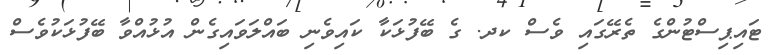
ޓައިޕިސްޓުންގެ ތެރޭގައި ވެސް ކދ. ގެ ބޭފުޅަކާ ކައިވެނި ބައްލަވައިގެން އުޅުއްވާ ބޭފުޅަކުވެސް